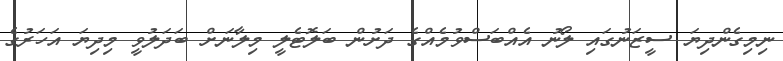
ނިމިގެންދިޔަ ސީޒަނުގައި ލޯނު އެއްބަސްވުމެއްގެ ދަށުން ބަލޮޓެލީ މިލާނަށް ބަދަލުވީ މިދިޔަ އަހަރުގެ